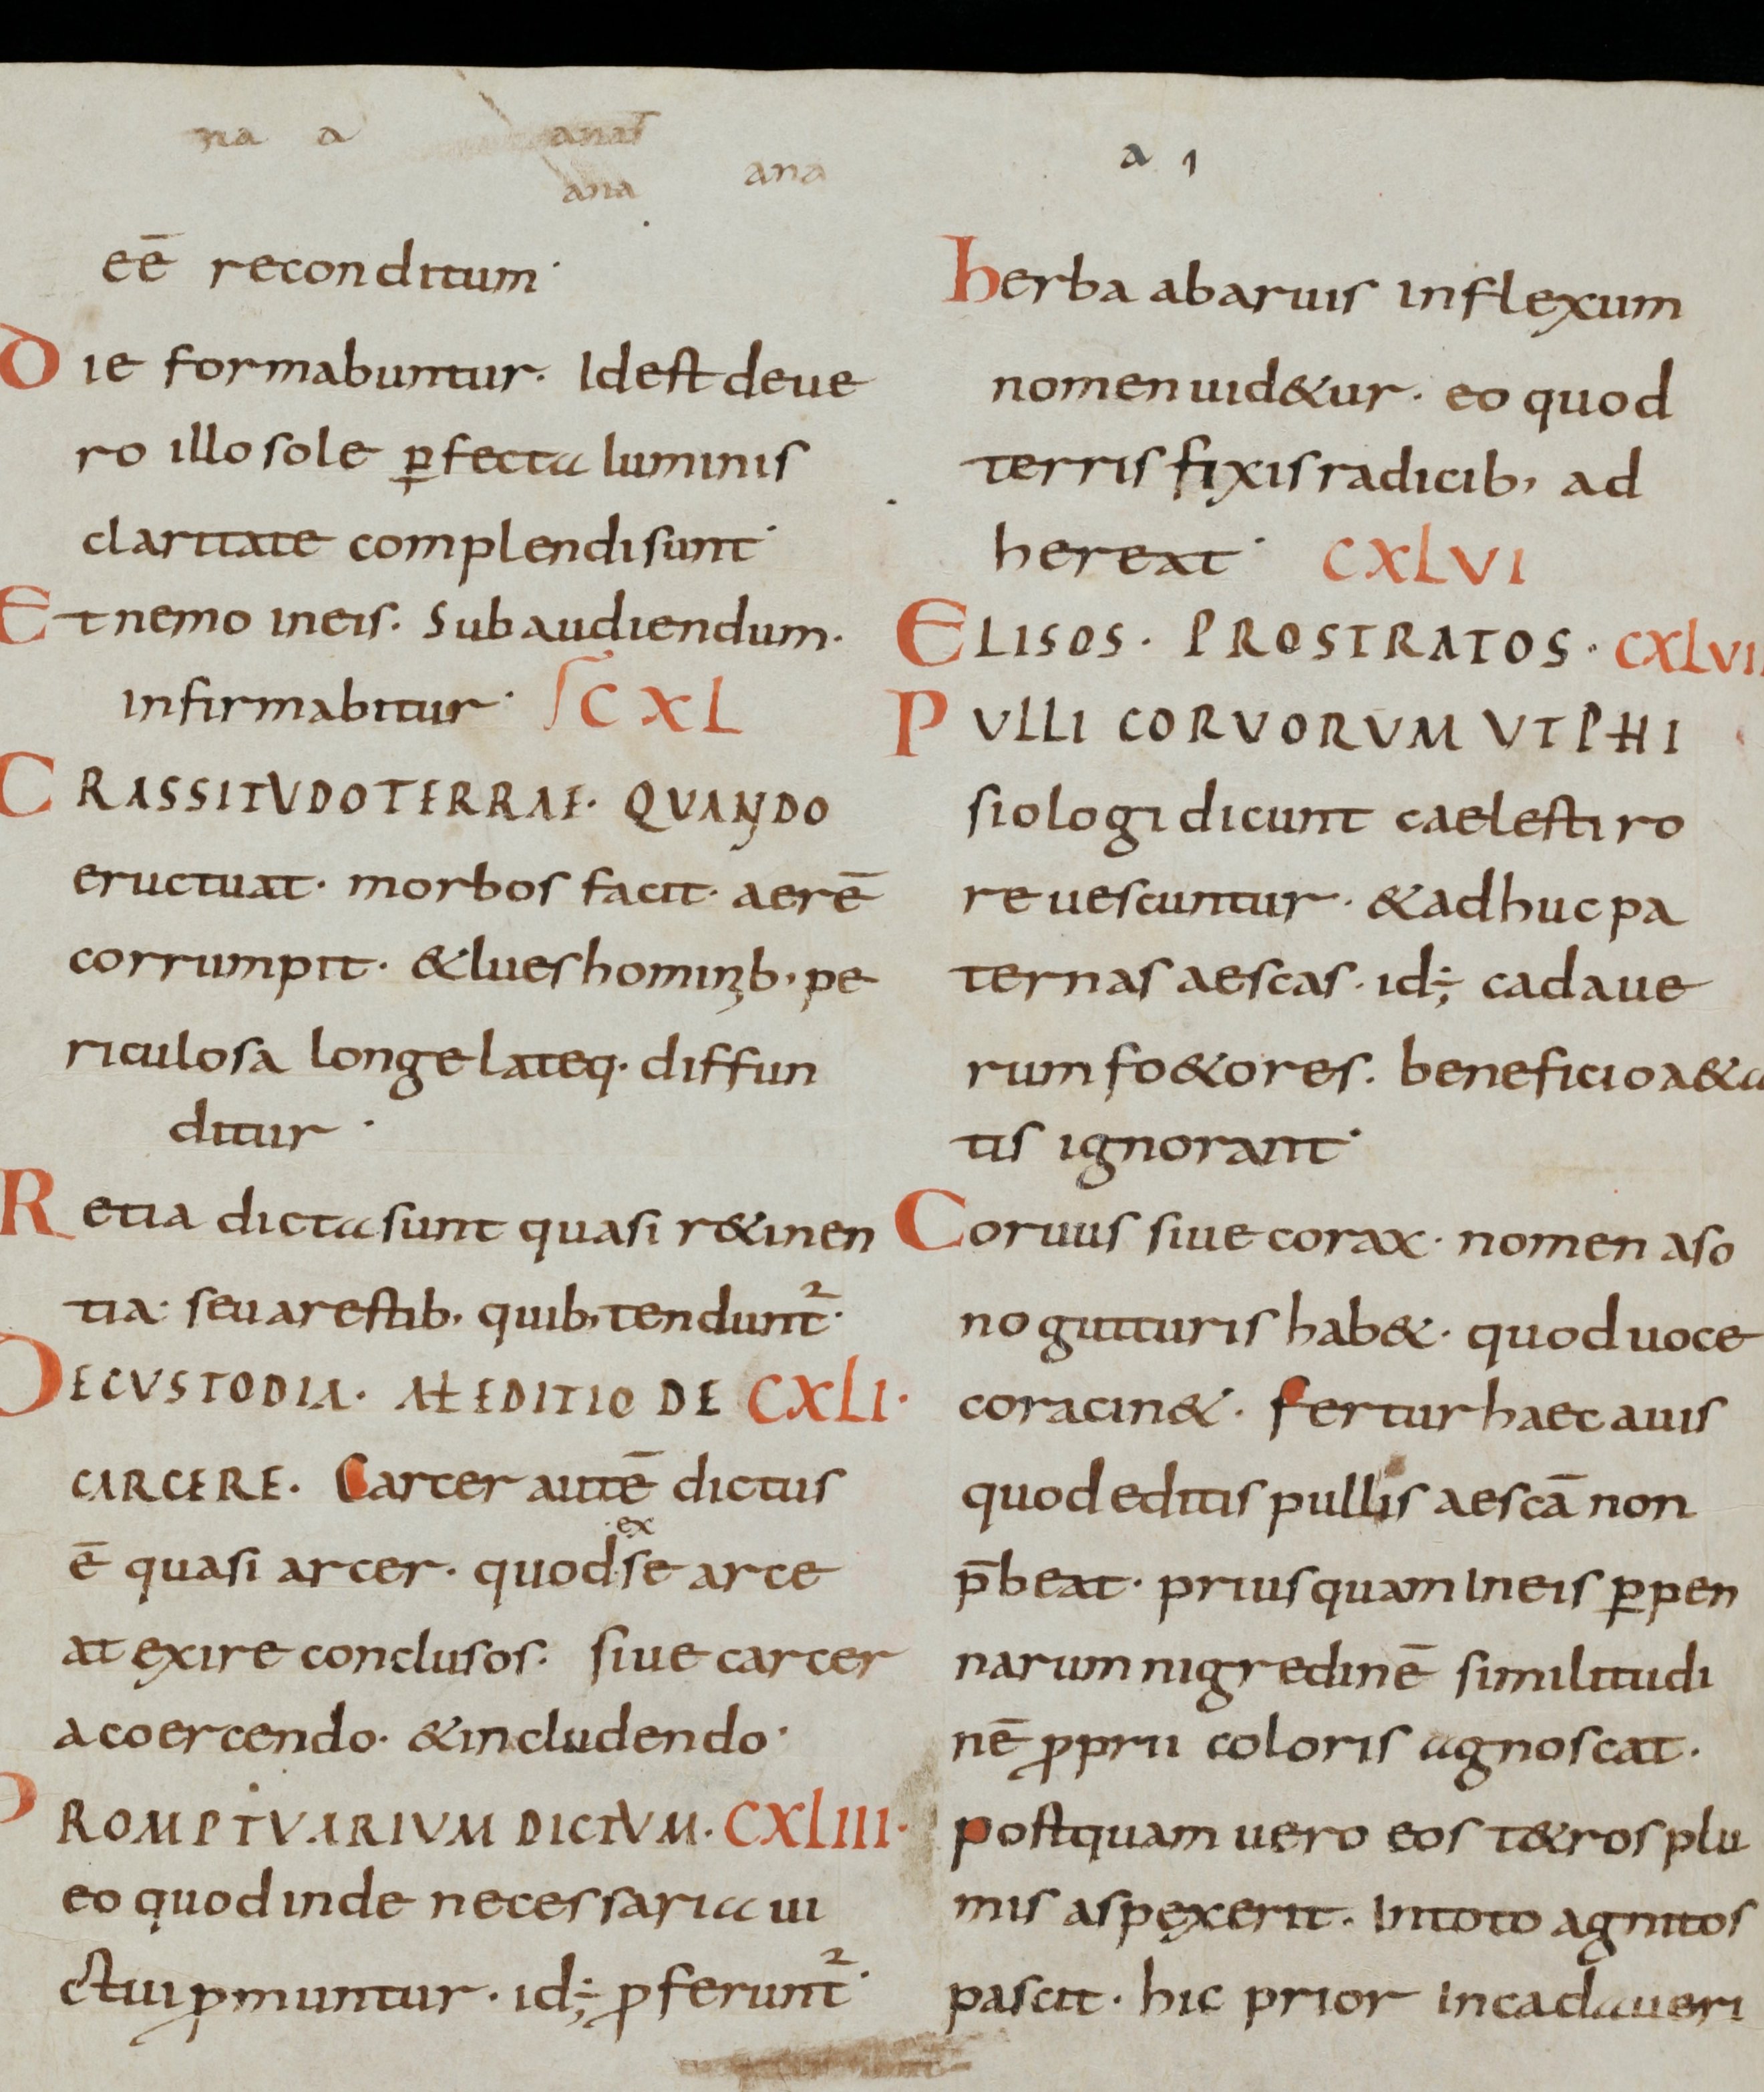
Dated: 800–899